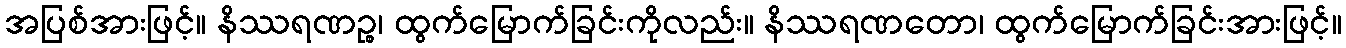
အပြစ်အားဖြင့်။ နိဿရဏဉ္စ၊ ထွက်မြောက်ခြင်းကိုလည်း။ နိဿရဏတော၊ ထွက်မြောက်ခြင်းအားဖြင့်။